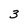
Character: 3